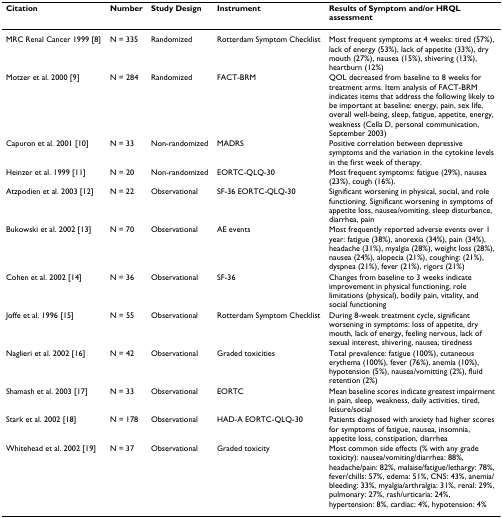
<table><thead><tr><td><b>Citation</b></td><td><b>Number</b></td><td><b>Study Design</b></td><td><b>Instrument</b></td><td><b>Results of Symptom and/or HRQL assessment</b></td></tr></thead><tbody><tr><td>MRC Renal Cancer 1999 [8]</td><td>N = 335</td><td>Randomized</td><td>Rotterdam Symptom Checklist</td><td>Most frequent symptoms at 4 weeks: tired (57%), lack of energy (53%), lack of appetite (33%), dry mouth (27%), nausea (15%), shivering (13%), heartburn (12%)</td></tr><tr><td>Motzer et al. 2000 [9]</td><td>N = 284</td><td>Randomized</td><td>FACT-BRM</td><td>QOL decreased from baseline to 8 weeks for treatment arms. Item analysis of FACT-BRM indicates items that address the following likely to be important at baseline: energy, pain, sex life, overall well-being, sleep, fatigue, appetite, energy, weakness (Cella D, personal communication, September 2003)</td></tr><tr><td>Capuron et al. 2001 [10]</td><td>N = 33</td><td>Non-randomized</td><td>MADRS</td><td>Positive correlation between depressive symptoms and the variation in the cytokine levels in the first week of therapy.</td></tr><tr><td>Heinzer et al. 1999 [11]</td><td>N = 20</td><td>Non-randomized</td><td>EORTC-QLQ-30</td><td>Most frequent symptoms: fatigue (29%), nausea (23%), cough (16%).</td></tr><tr><td>Atzpodien et al. 2003 [12]</td><td>N = 22</td><td>Observational</td><td>SF-36 EORTC-QLQ-30</td><td>Significant worsening in physical, social, and role functioning. Significant worsening in symptoms of appetite loss, nausea/vomiting, sleep disturbance, diarrhea, pain</td></tr><tr><td>Bukowski et al. 2002 [13]</td><td>N = 70</td><td>Observational</td><td>AE events</td><td>Most frequently reported adverse events over 1 year: fatigue (38%), anorexia (34%), pain (34%), headache (31%), myalgia (28%), weight loss (28%), nausea (24%), alopecia (21%), coughing: (21%), dyspnea (21%), fever (21%), rigors (21%)</td></tr><tr><td>Cohen et al. 2002 [14]</td><td>N = 36</td><td>Observational</td><td>SF-36</td><td>Changes from baseline to 3 weeks indicate improvement in physical functioning, role limitations (physical), bodily pain, vitality, and social functioning</td></tr><tr><td>Joffe et al. 1996 [15]</td><td>N = 55</td><td>Observational</td><td>Rotterdam Symptom Checklist</td><td>During 8-week treatment cycle, significant worsening in symptoms: loss of appetite, dry mouth, lack of energy, feeling nervous, lack of sexual interest, shivering, nausea, tiredness</td></tr><tr><td>Naglieri et al. 2002 [16]</td><td>N = 42</td><td>Observational</td><td>Graded toxicities</td><td>Total prevalence: fatigue (100%), cutaneous erythema (100%), fever (76%), anemia (10%), hypotension (5%), nausea/vomitting (2%), fluid retention (2%)</td></tr><tr><td>Shamash et al. 2003 [17]</td><td>N = 33</td><td>Observational</td><td>EORTC</td><td>Mean baseline scores indicate greatest impairment in pain, sleep, weakness, daily activities, tired, leisure/social</td></tr><tr><td>Stark et al. 2002 [18]</td><td>N = 178</td><td>Observational</td><td>HAD-A EORTC-QLQ-30</td><td>Patients diagnosed with anxiety had higher scores for symptoms of fatigue, nausea, insomnia, appetite loss, constipation, diarrhea</td></tr><tr><td>Whitehead et al. 2002 [19]</td><td>N = 37</td><td>Observational</td><td>Graded toxicity</td><td>Most common side effects (% with any grade toxicity): nausea/vomiting/diarrhea: 88%, headache/pain: 82%, malaise/fatigue/lethargy: 78%, fever/chills: 57%, edema: 51%, CNS: 43%, anemia/bleeding: 33%, myalgia/arthralgia: 31%, renal: 29%, pulmonary: 27%, rash/urticaria: 24%, hypertension: 8%, cardiac: 4%, hypotension: 4%</td></tr></tbody></table>